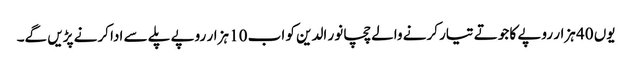
یوں 40 ہزار روپے کا جوتے تیار کرنے والے چچا نور الدین کو اب 10 ہزار روپے پلے سے ادا کرنے پڑیں گے۔